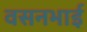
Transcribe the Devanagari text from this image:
वसनभाई